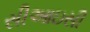
સીઆઇસી